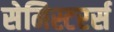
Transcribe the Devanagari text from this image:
सेमिस्टरर्स